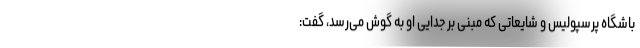
باشگاه پرسپولیس و شایعاتی که مبنی بر جدایی او به گوش می‌رسد، گفت: